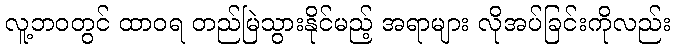
လူ့ဘဝတွင် ထာဝရ တည်မြဲသွားနိုင်မည့် အရာများ လိုအပ်ခြင်းကိုလည်း